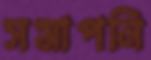
সমাপনি